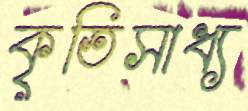
কৃতিসাধ্য